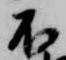
不